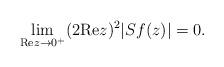
LaTeX: \begin{align*}\lim_{{\rm Re}z \to 0^+} (2{\rm Re}z)^2 |Sf(z)| = 0.\end{align*}